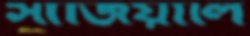
সাজিয়ালি